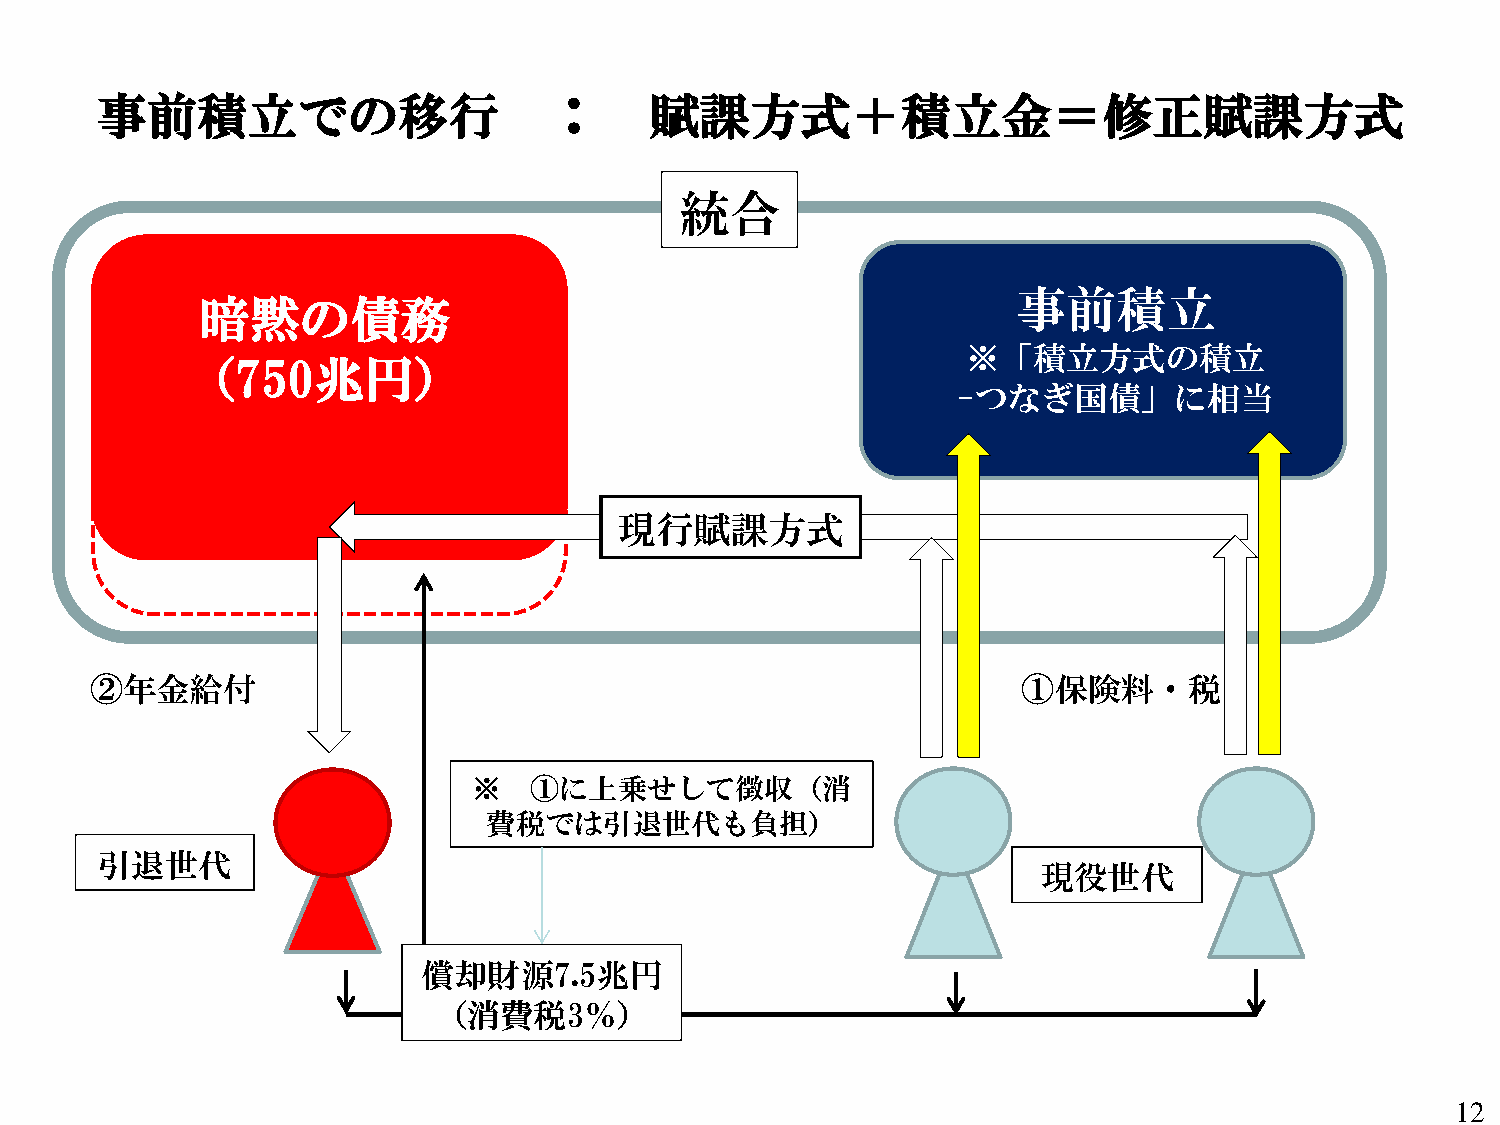
事前積立での移行                      ：      賦課方式＋積立金＝修正賦課方式
 統合
 事前積立
 暗黙の債務
 ※「積立方式の積立
 （750兆円）
 -つなぎ国債」に相当
 現行賦課方式
 ②年金給付                                                         ①保険料・税
 ※   ①に上乗せして徴収（消
 費税では引退世代も負担）
 引退世代
 現役世代
 償却財源7.5兆円
 （消費税3％）
 12